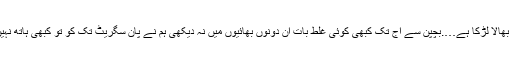
’’دیکھا بھالا لڑکا ہے….بچپن سے آج تک کبھی کوئی غلط بات ان دونوں بھائیوں میں نہ دیکھی ہم نے پان سگریٹ تک کو تو کبھی ہاتھ نہیں لگایا۔